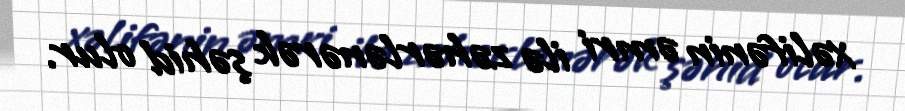
xəlifənin əmri ilə zəhərlənərək şəhid olur.